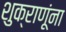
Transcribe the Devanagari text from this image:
शुक्राणूंना